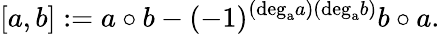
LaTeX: [a,b]:=a\circ b-(-1)^{(\mathrm{deg_{a}}a)(\mathrm{deg_{a}}b)}b\circ a.